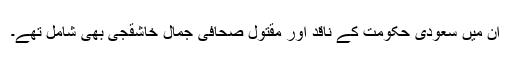
ان میں سعودی حکومت کے ناقد اور مقتول صحافی جمال خاشقجی بھی شامل تھے۔